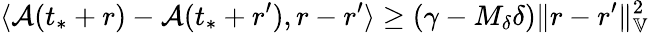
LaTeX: \langle\mathcal{A}(t_{*}+r)-\mathcal{A}(t_{*}+r^{\prime}),r-r^{\prime}\rangle\ge(\gamma-M_{\delta}\delta)\| r-r^{\prime}\| _{\mathbb{V}}^{2}